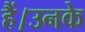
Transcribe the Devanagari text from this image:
हैं।उनके